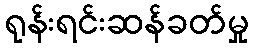
ရုန်းရင်းဆန်ခတ်မှု